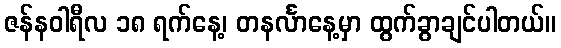
ဇန်နဝါရီလ ၁၈ ရက်နေ့၊ တနင်္လာနေ့မှာ ထွက်ခွာချင်ပါတယ်။